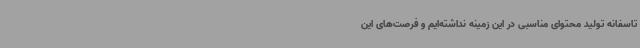
تاسفانه تولید محتوای مناسبی در این زمینه نداشته‌ایم و فرصت‌های این